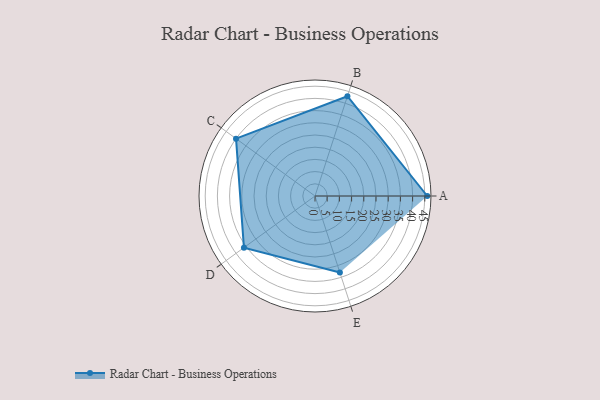
{"axis": {"x": "Skill", "y": "Score"}, "legend": ["Profile"], "data": [{"x": "A", "y": 46.0, "type": "Profile"}, {"x": "B", "y": 43.0, "type": "Profile"}, {"x": "C", "y": 40.0, "type": "Profile"}, {"x": "D", "y": 36.0, "type": "Profile"}, {"x": "E", "y": 33.0, "type": "Profile"}]}